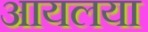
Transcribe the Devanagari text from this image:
आयलया